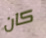
كان